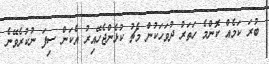
ބުރަ ކަމެއް ކޮންމެ ހަތަރު ދުވަހަކުން މެޗު ކުޅެންޖެހޭއިރު އެކަން ސިފަ ނުކުރެވޭނެ